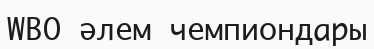
WBO әлем чемпиондары